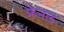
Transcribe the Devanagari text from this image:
फ्रेनल